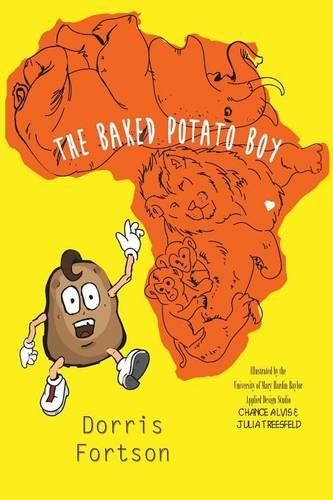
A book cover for Baked Potato Boy; Dorris Fortson; Children's Books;